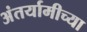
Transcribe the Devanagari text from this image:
अंतर्यामीच्या